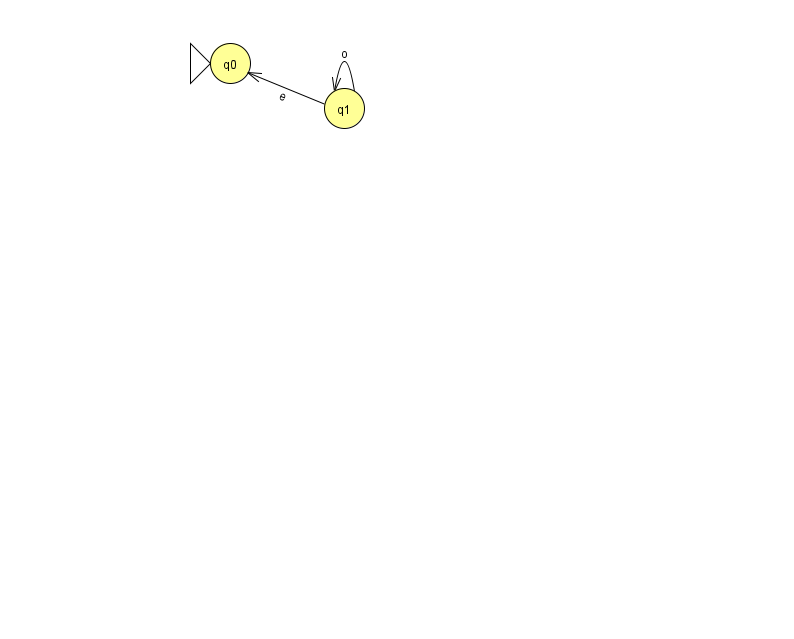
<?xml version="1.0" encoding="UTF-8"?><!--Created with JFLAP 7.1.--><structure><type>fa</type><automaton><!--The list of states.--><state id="0" name="q0"><x>230.0</x><y>50.0</y><initial/></state><state id="1" name="q1"><x>344.0</x><y>95.0</y></state><!--The list of transitions.--><transition><from>1</from><to>0</to><read>e</read></transition><transition><from>1</from><to>1</to><read>o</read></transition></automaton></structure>